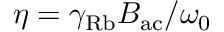
\eta = \gamma _ { \mathrm { R b } } B _ { \mathrm { a c } } / \omega _ { 0 }